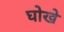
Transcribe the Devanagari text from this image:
घोखे